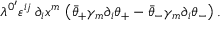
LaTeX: \lambda ^ { 0 ^ { \prime } } \varepsilon ^ { i j } \, \partial _ { i } x ^ { m } \, \left( \bar { \theta } _ { + } \gamma _ { m } \partial _ { i } \theta _ { + } - \bar { \theta } _ { - } \gamma _ { m } \partial _ { i } \theta _ { - } \right) . \nonumber